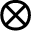
\otimes